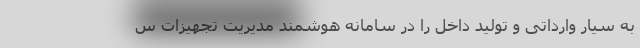
به سیار وارداتی و تولید داخل را در سامانه هوشمند مدیریت تجهیزات س